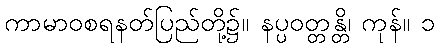
ကာမာဝစရနတ်ပြည်တို့၌။ နပ္ပဝတ္တန္တိ၊ ကုန်။ ၁